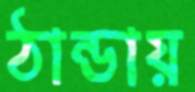
ঠান্ডায়